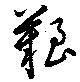
艱